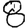
Digit: 8